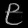
Digit: ၉